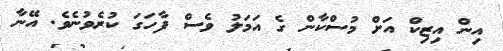
އިން އިޒިކް އަށް މުސްކާން ގެ އަމަލު ވެސް ފާހަގަ ކުރެވުނެވެ. އޭނާ